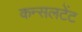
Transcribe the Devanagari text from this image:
कन्सलटेंट